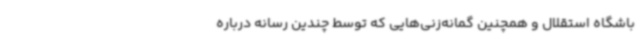
باشگاه استقلال و همچنین گمانه‌زنی‌هایی که توسط چندین رسانه درباره